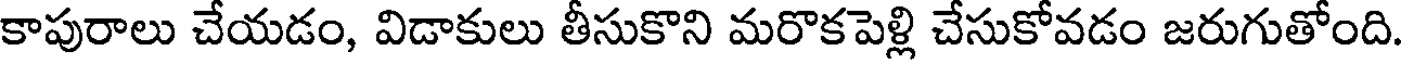
కాపురాలు చేయడం, విడాకులు తీసుకొని మరొకపెళ్లి చేసుకోవడం జరుగుతోంది